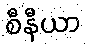
စီနီယာ